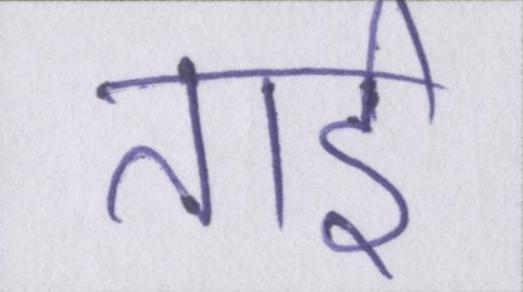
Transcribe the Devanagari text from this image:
ताई